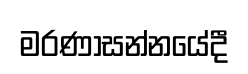
මරණාසන්නයේදී